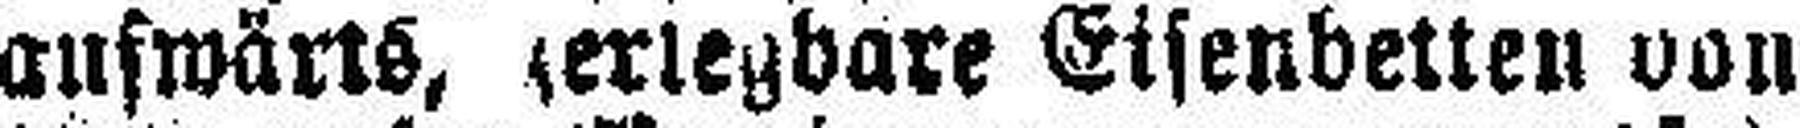
aufwärts, zerlegbare Eisenbetten von